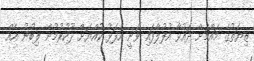
ޒިޔަތުގެ މައްޗަށް ދައުވާ އުފުލާފައި ވަނީ އެފަޅު ކުއްޔަށް ދޫކުރުމުން ލިބުނު އެއް